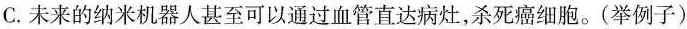
C. 未来的纳米机器人甚至可以通过血管直达病灶，杀死癌细胞。(举例子)